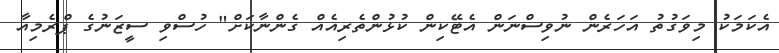
އެކަމަކު މިވަގުތު އަހަރެން ނުވިސްނަން އެޓޭކިން ކުޅުންތެރިއެއް ގެންނާކަށް" ހުސްވި ސީޒަނުގެ ޕްރެމިއާ